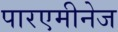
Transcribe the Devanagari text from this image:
पारएमीनेज